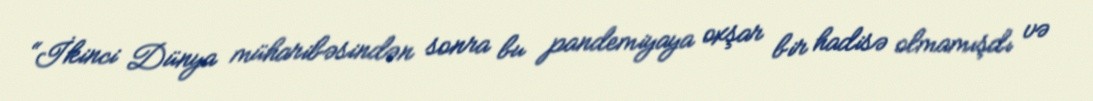
“İkinci Dünya müharibəsindən sonra bu pandemiyaya oxşar bir hadisə olmamışdı və